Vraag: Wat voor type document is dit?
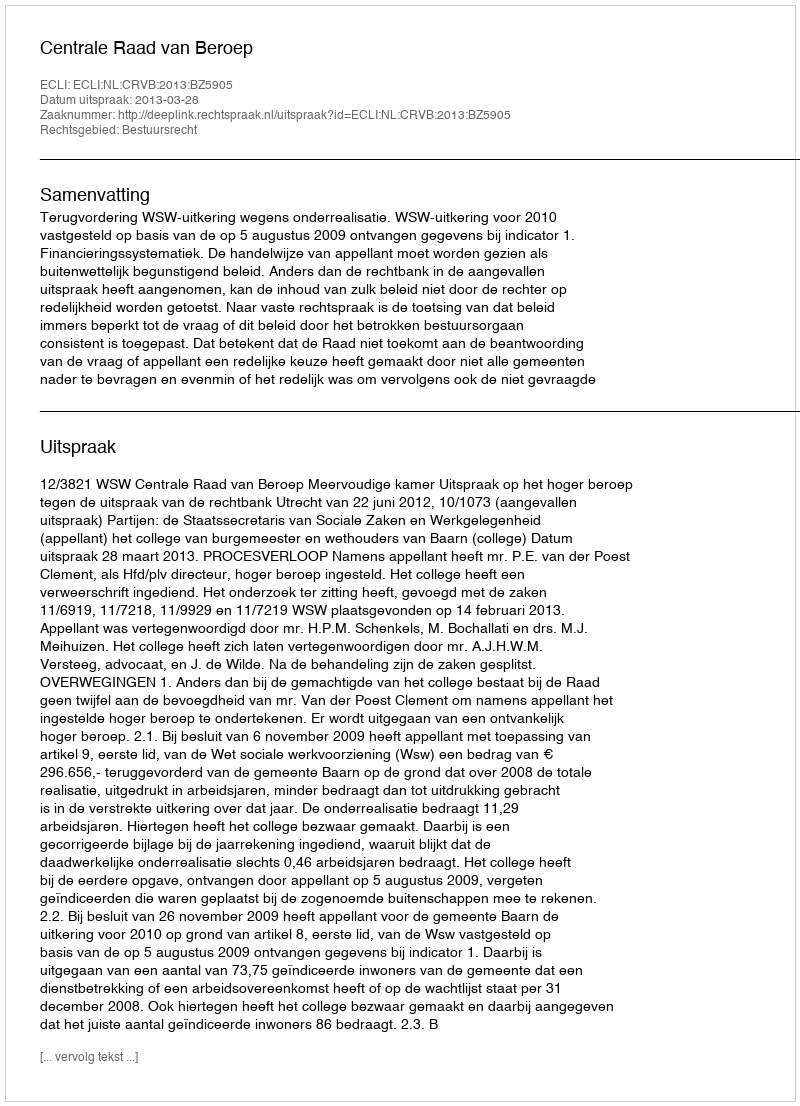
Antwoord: Uitspraak